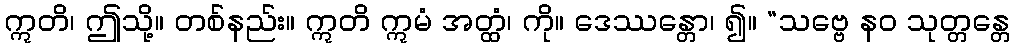
ဣတိ၊ ဤသို့။ တစ်နည်း။ ဣတိ ဣမံ အတ္ထံ၊ ကို။ ဒေဿန္တော၊ ၍။ “သဗ္ဗေ နဝ သုတ္တန္တေ